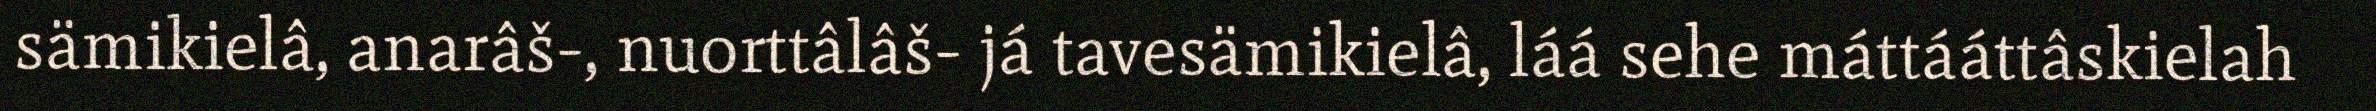
sämikielâ, anarâš-, nuorttâlâš- já tavesämikielâ, láá sehe máttááttâskielah